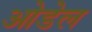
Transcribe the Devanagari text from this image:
ओडेल